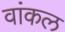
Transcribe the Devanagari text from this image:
वांकल